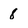
Character: 8